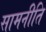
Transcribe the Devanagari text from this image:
सामनीति